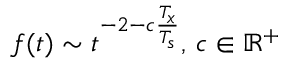
f ( t ) \sim t ^ { - 2 - c \frac { T _ { x } } { T _ { s } } } , \, c \in \mathbb { R } ^ { + }